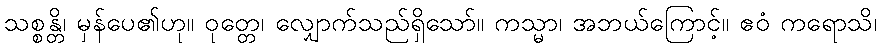
သစ္စန္တိ၊ မှန်ပေ၏ဟု။ ဝုတ္တေ၊ လျှောက်သည်ရှိသော်။ ကသ္မာ၊ အဘယ်ကြောင့်။ ဧဝံ ကရောသိ၊